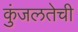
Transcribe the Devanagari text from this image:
कुंजलतेची